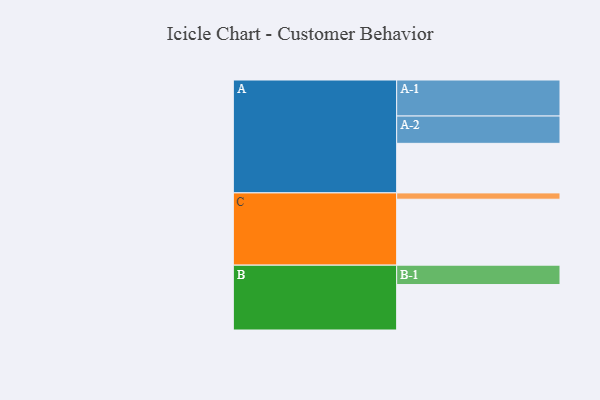
{"axis": {"x": "Segment", "y": "Value"}, "legend": ["", "A", "B", "C"], "data": [{"x": "A", "y": 399, "type": ""}, {"x": "B", "y": 366, "type": ""}, {"x": "C", "y": 531, "type": ""}, {"x": "A-1", "y": 290, "type": "A"}, {"x": "A-2", "y": 220, "type": "A"}, {"x": "B-1", "y": 156, "type": "B"}, {"x": "C-1", "y": 51, "type": "C"}]}